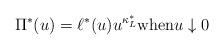
LaTeX: \begin{align*}\Pi^*(u)=\ell^*(u) u^{\kappa_L^*}\textrm{when} u\downarrow 0\end{align*}